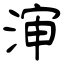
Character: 渖